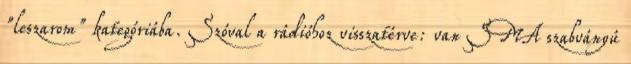
"leszarom" kategóriába. Szóval a rádióhoz visszatérve: van SMA szabványú